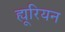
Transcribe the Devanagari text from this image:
ह्यूरियन